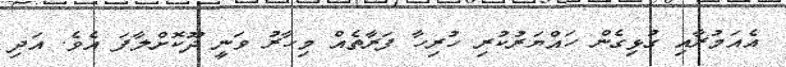
އެއަމުރާއި ގުޅިގެން ހައްޔަރުކުރި ހުރިހާ ފަރާތެއް މިހާރު ވަނީ ދޫކޮށްލާފަ އެވެ. އަދި